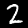
Label: 2